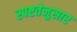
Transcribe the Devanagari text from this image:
स्पष्टतेनुसार